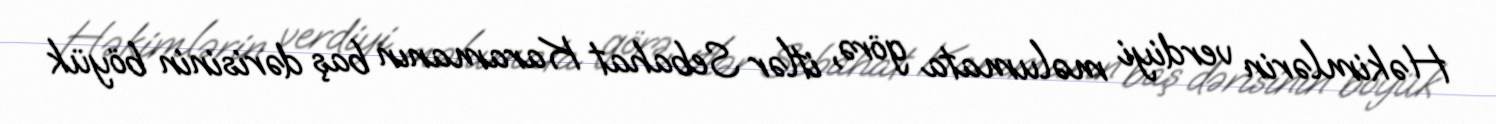
Həkimlərin verdiyi məlumata görə, itlər Sebahat Karamanın baş dərisinin böyük